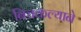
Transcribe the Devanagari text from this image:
बिचकल्याने